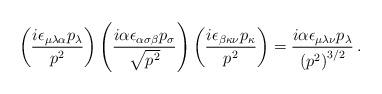
LaTeX: \begin{align*}\left( \frac{i\epsilon_{\mu\lambda\alpha}p_\lambda}{p^2} \right)\left(\frac{i\alpha\epsilon_{\alpha\sigma\beta}p_\sigma}{\sqrt{p^2}} \right)\left( \frac{i\epsilon_{\beta\kappa\nu} p_\kappa}{p^2} \right)= \frac{i\alpha\epsilon_{\mu\lambda\nu}p_\lambda}{\left(p^2\right)^{3/2}} \, .\end{align*}